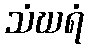
သံဃရံ